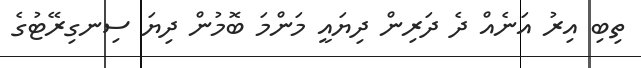
ތިބި އިރު އަނެއް ދެ ދަރިން ދިޔައީ މަންމަ ބޮމުން ދިޔަ ސިނގިރޭޓުގެ